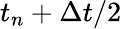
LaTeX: t_{n}+\Delta t/2